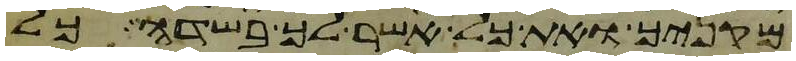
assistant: מקניך ואת כל אשר לך בשדה כל